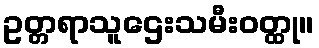
ဥတ္တရာသူဌေးသမီးဝတ္ထု။